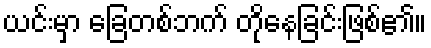
ယင်းမှာ ခြေတစ်ဘက် တိုနေခြင်းဖြစ်၏။